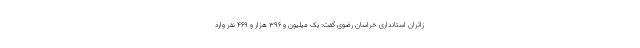
زائران استانداری خراسان رضوی گفت: یک میلیون و ۳۹۶ هزار و ۴۶۹ نفر وارد